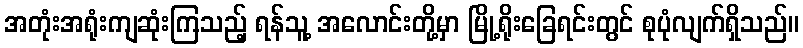
အတုံးအရုံးကျဆုံးကြသည့် ရန်သူ့ အလောင်းတို့မှာ မြို့ရိုးခြေရင်းတွင် စုပုံလျက်ရှိသည်။